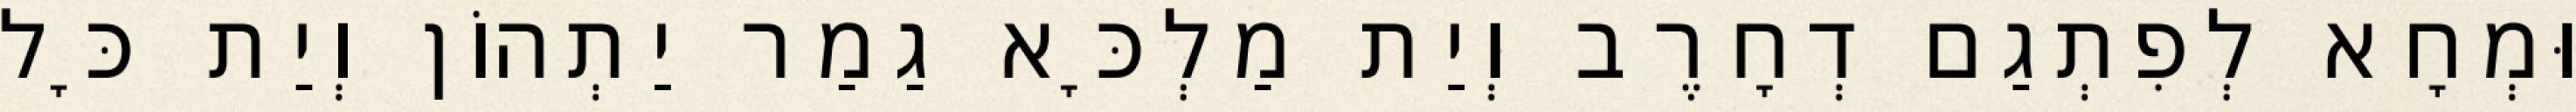
וּמְחָא לְפִתְגַם דְחָרֶב וְיַת מַלְכָּא גַמַר יַתְהוֹן וְיַת כָּל